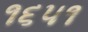
૧૬૫૧